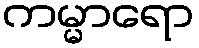
ကမ္မာရော